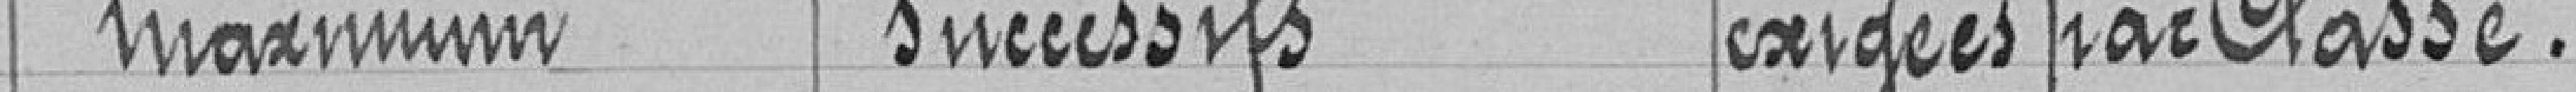
Maximum Successifs exigées par classe